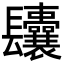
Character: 𨳆